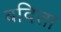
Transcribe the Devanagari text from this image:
बदिता